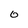
Character: 0